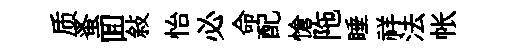
质蚤囬敍怡必命配愴陁睡祥法帐